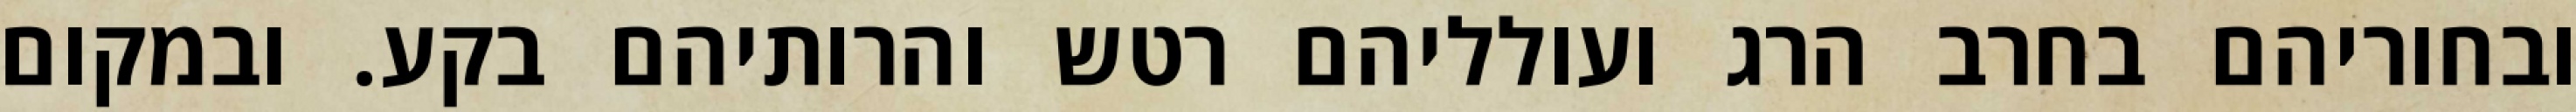
ובחוריהם בחרב הרג ועולליהם רטש והרותיהם בקע. ובמקום